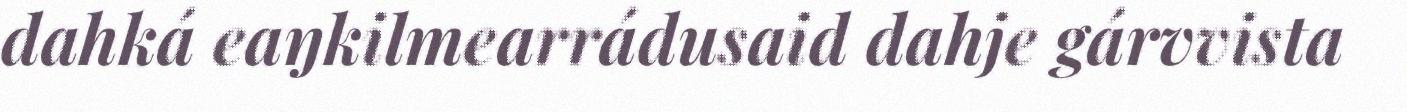
dahká eaŋkilmearrádusaid dahje gárvvista